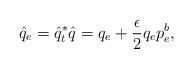
LaTeX: \begin{align*}\hat q_e = \hat q_t^*\hat q = q_e + {\epsilon \over 2}q_ep_e^b,\end{align*}